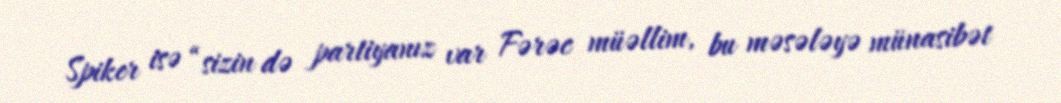
Spiker isə “sizin də partiyanız var Fərəc müəllim, bu məsələyə münasibət